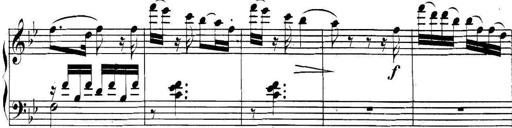
Title: Collected Piano Sonatas
Composer: Muzio Clementi